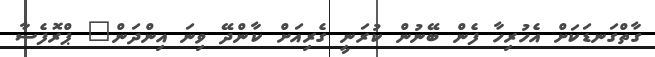
ގާތްގަނޑަކަށް އެހުރިހާ ފެން ބޭނުން ކުރަނީ ގެރިއަށް ކާންދޭ ވިނަ އިންދަން" ޕްރޮފެސާ